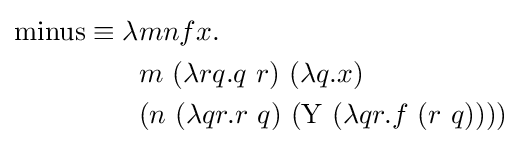
{\begin{aligned}\operatorname {minus} \equiv \lambda &mnfx.\\&m\ (\lambda rq.q\ r)\ (\lambda q.x)\\&(n\ (\lambda qr.r\ q)\ (\operatorname {Y} \ (\lambda qr.f\ (r\ q))))\end{aligned}}